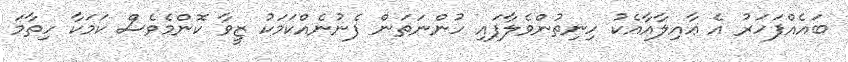
ބައެއްފަހަރު އެ ޢާއިލާއާއެކު ހިނިތުންވެލާފައި ހުންނަތަން ފެނުނެއްކަމަކު ޒީވާ ކޮންމެވެސް ކަމަކާ ހިތާމަ